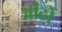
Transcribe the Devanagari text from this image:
ओंठों